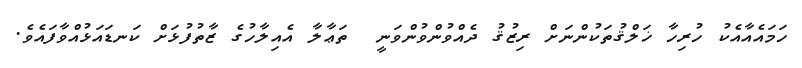
ހަމައެއާއެކު ހުރިހާ ޚަލްޤުތަކުންނަށް ރިޒުޤު ދެއްވުންވުންވަނީ  ތަޢާލާ އެއިލާހުގެ ޒާތުފުޅަށް ކަނޑައަޅުއްވާފައެވެ.